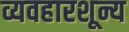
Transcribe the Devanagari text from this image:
व्यवहारशून्य